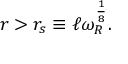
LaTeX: r > r _ { s } \equiv \ell \omega _ { R } ^ { \frac { 1 } { 8 } } .